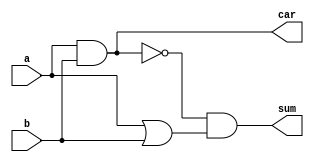
module tri_fu_csa22_h2(
   a,
   b,
   car,
   sum
);
   input   a;
   input   b;
   output  car;
   output  sum;

   wire    car_b;
   wire    sum_b;

   assign car_b = (~(a & b));
   assign sum_b = (~(car_b & (a | b)));		// this is equiv to an xnor
   assign car = (~car_b);
   assign sum = (~sum_b);

endmodule